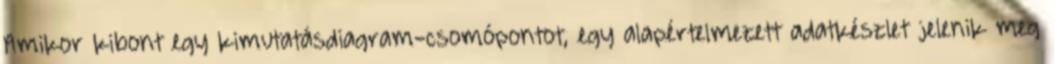
Amikor kibont egy kimutatásdiagram-csomópontot, egy alapértelmezett adatkészlet jelenik meg